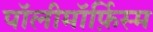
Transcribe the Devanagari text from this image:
पॉलीमॉर्फ़िस्म